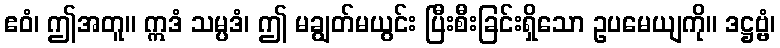
ဧဝံ၊ ဤအတူ။ ဣဒံ သမ္ပဒံ၊ ဤ မချွတ်မယွင်း ပြီးစီးခြင်းရှိသော ဥပမေယျကို။ ဒဋ္ဌဗ္ဗံ၊